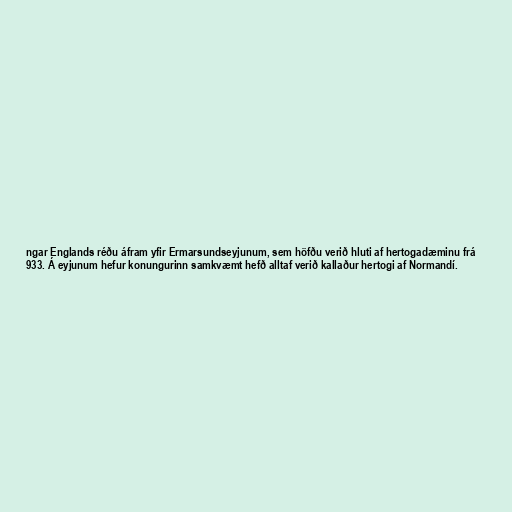
ngar Englands réðu áfram yfir Ermarsundseyjunum, sem höfðu verið hluti af hertogadæminu frá
933. Á eyjunum hefur konungurinn samkvæmt hefð alltaf verið kallaður hertogi af Normandí.